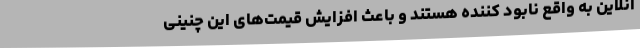
آنلاین به واقع نابود کننده هستند و باعث افزایش قیمت‌های این چنینی